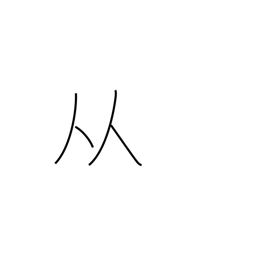
Meaning: two people